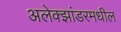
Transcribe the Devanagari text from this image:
अलेक्झांडरमधील